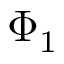
\Phi _ { 1 }